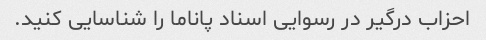
احزاب درگیر در رسوایی اسناد پاناما را شناسایی کنید.